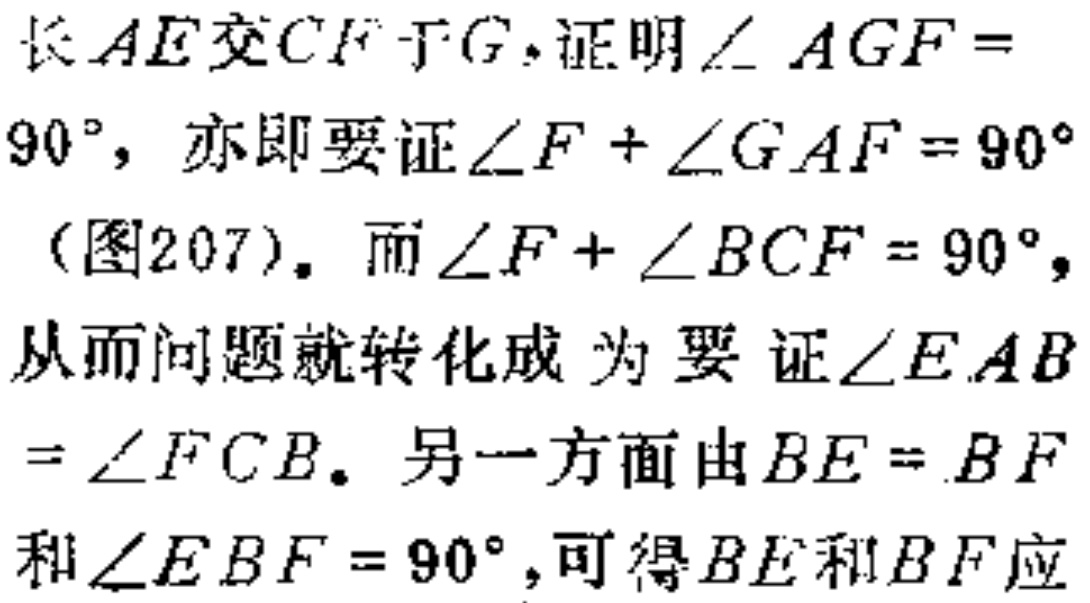
长$AE$交$CF$于$G$，证明$\angle AGF = 90^{\circ}$，亦即要证$\angle F+\angle GAF = 90^{\circ}$（图207）。而$\angle F+\angle BCF = 90^{\circ}$，从而问题就转化成为要证$\angle EAB=\angle FCB$。另一方面由$BE = BF$和$\angle EBF = 90^{\circ}$，可得$BE$和$BF$应